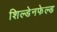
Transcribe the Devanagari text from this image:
शिल्डेनफेल्ड